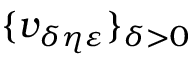
\{ v _ { \delta \eta \varepsilon } \} _ { \delta > 0 }